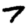
Digit: 7